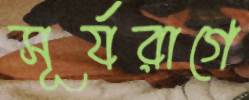
সূর্যরাগে